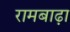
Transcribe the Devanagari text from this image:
रामबाढ़ा